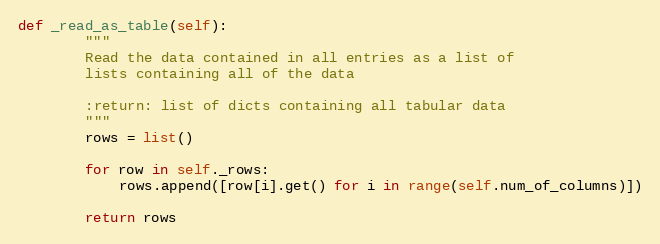
Language: Python
def _read_as_table(self):
        """
        Read the data contained in all entries as a list of
        lists containing all of the data

        :return: list of dicts containing all tabular data
        """
        rows = list()

        for row in self._rows:
            rows.append([row[i].get() for i in range(self.num_of_columns)])

        return rows